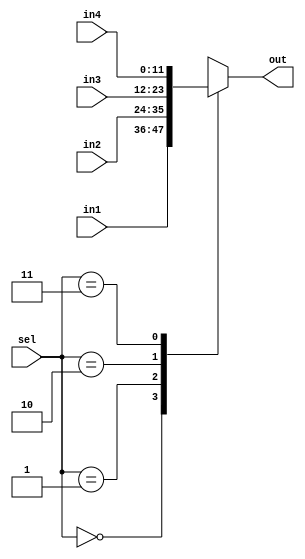
module MUX_4x1 #(
    parameter  data_width=12
) (
    input   wire [data_width-1:0]          in1,
    input   wire [data_width-1:0]          in2,
    input   wire [data_width-1:0]          in3,
    input   wire [data_width-1:0]          in4,
    input   wire [1:0]                     sel,
    output  reg  [data_width-1:0]          out
);

always @(*) 
 begin
    case (sel)
        2'b00: out=in1;
         
        2'b01: out=in2;
        
        2'b10: out=in3;
        
        2'b11: out=in4;
        
      default: out=in1;
   endcase    
 end   
endmodule